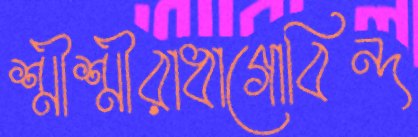
শ্রীশ্রীরাধাগোবিন্দ